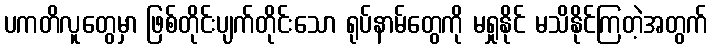
ပကတိလူတွေမှာ ဖြစ်တိုင်းပျက်တိုင်းသော ရုပ်နာမ်တွေကို မရှုနိုင် မသိနိုင်ကြတဲ့အတွက်